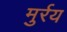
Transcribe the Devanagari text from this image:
मुर्रय